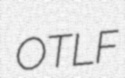
OTLF